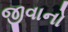
જીવાનો